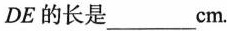
DE的长是___cm.